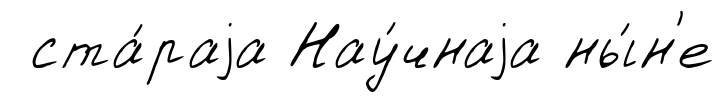
ста́раjа Нау́чнаjа ны́н'е